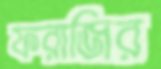
ফরাজির